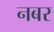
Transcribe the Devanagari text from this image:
नबर